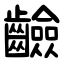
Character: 䶨